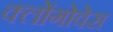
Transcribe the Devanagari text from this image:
क्लोंगोवेस